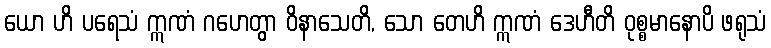
ယော ဟိ ပရေသံ ဣဏံ ဂဟေတွာ ဝိနာသေတိ, သော တေဟိ ဣဏံ ဒေဟီတိ ဝုစ္စမာနောပိ ဖရုသံ